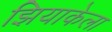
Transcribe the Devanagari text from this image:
झियाकेला